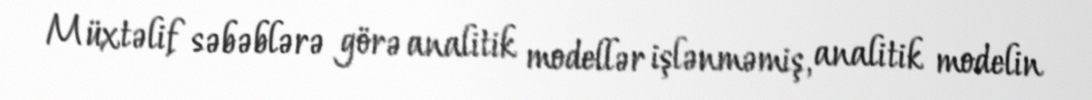
Müxtəlif səbəblərə görə analitik modellər işlənməmiş, analitik modelin